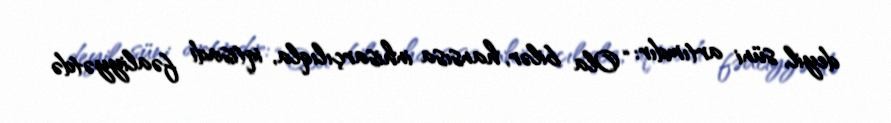
deyil, süni artımdır: “Ola bilər, hansısa inhisarçılıqla, iqtisadi fəaliyyətdə